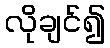
လိုချင်၍